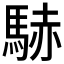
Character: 𲋹